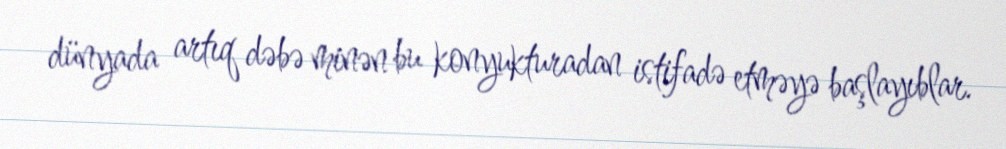
dünyada artıq dəbə minən bu konyukturadan istifadə etməyə başlayıblar.